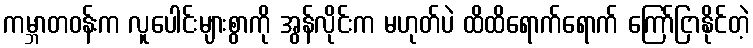
ကမ္ဘာတဝန်းက လူပေါင်းများစွာကို အွန်လိုင်းက မဟုတ်ပဲ ထိထိရောက်ရောက် ကြော်ငြာနိုင်တဲ့